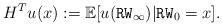
LaTeX: \begin{align*}H^Tu(x):=\mathbb{E}[u({\tt RW}_{\infty})|{\tt RW}_0=x].\end{align*}